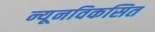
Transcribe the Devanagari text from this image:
न्यूनविकसित